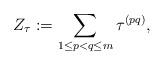
LaTeX: \begin{align*} Z_\tau := \sum_{1 \leq p < q \leq m} \tau^{(pq)},\end{align*}